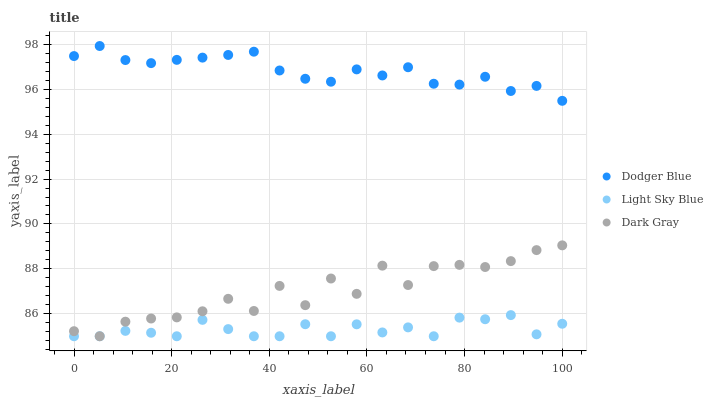
| xaxis_label | Dodger Blue | Light Sky Blue | Dark Gray |
 | --- | --- | --- | --- |
 | 0 | 97.5 | 85 | 85.2 |
 | 5.26 | 97.9 | 85 | 85 |
 | 10.5 | 97.3 | 85.2 | 85.6 |
 | 15.8 | 97.2 | 85.2 | 85.8 |
 | 21.1 | 97.3 | 85 | 85.8 |
 | 26.3 | 97.4 | 85.7 | 86.1 |
 | 31.6 | 97.5 | 85.3 | 86.7 |
 | 36.8 | 97.7 | 85 | 86.1 |
 | 42.1 | 96.8 | 85 | 87.2 |
 | 47.4 | 96.5 | 85.5 | 86.4 |
 | 52.6 | 96.3 | 85 | 87.6 |
 | 57.9 | 96.9 | 85.5 | 86.9 |
 | 63.2 | 96.6 | 85.2 | 88.1 |
 | 68.4 | 97 | 85.4 | 87.3 |
 | 73.7 | 96.2 | 85 | 88.1 |
 | 78.9 | 96.2 | 85.8 | 88.2 |
 | 84.2 | 96.6 | 85.8 | 88.1 |
 | 89.5 | 95.9 | 85.9 | 88.3 |
 | 94.7 | 96.1 | 85.1 | 88.8 |
 | 100 | 95.5 | 85.6 | 89 |